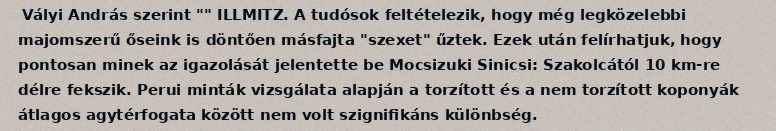
Vályi András szerint "" ILLMITZ. A tudósok feltételezik, hogy még legközelebbi majomszerű őseink is döntően másfajta "szexet" űztek. Ezek után felírhatjuk, hogy pontosan minek az igazolását jelentette be Mocsizuki Sinicsi: Szakolcától 10 km-re délre fekszik. Perui minták vizsgálata alapján a torzított és a nem torzított koponyák átlagos agytérfogata között nem volt szignifikáns különbség.